Subject: math
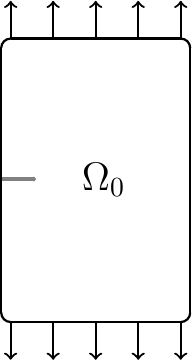
LaTeX code:
\begin{tikzpicture}[xscale=0.60,yscale=0.60]

\draw [fill=gray, gray] (-2,-0.00) rectangle (-1.3,0.05);

\draw[fill=gray, gray] (-1.3,-0.0) arc (-90:90:0.025)  -- cycle;

\draw [-,thick] (-2,2.8) to [out=90, in=180] (-1.8 ,3.0);

\draw [-,thick] (-2,-2.8) to [out=-90, in=180] (-1.8 ,-3.0);

\draw [-,thick] (1.8,3.0) to [out=0, in=90] (2.0 ,2.8);

\draw [-,thick] (1.8,-3.0) to [out=0, in=-90] (2.0 ,-2.8);

\draw [-,thick] (-2,2.8) -- (-2,-2.8);
\draw [-,thick] (-1.8,-3) -- (1.8,-3);
\draw [-,thick] (2,2.8) -- (2,-2.8);
\draw [-,thick] (1.8,3) -- (-1.8,3);
\node [right] at (-0.5,0.0) {{\Large $\Omega_0$}};

\draw[->,thick] (-1.8,3.0) -- (-1.8,3.80);

\draw[->,thick] (-0.9,3.0) -- (-0.9,3.80);

\draw[->,thick] (0.0,3.0) -- (0.0,3.80);

\draw[->,thick] (0.9,3.0) -- (0.9,3.80);

\draw[->,thick] (1.8,3.0) -- (1.8,3.80);

\draw[->,thick] (-1.8,-3.0) -- (-1.8,-3.80);

\draw[->,thick] (-0.9,-3.0) -- (-0.9,-3.80);

\draw[->,thick] (0.0,-3.0) -- (0.0,-3.80);

\draw[->,thick] (0.9,-3.0) -- (0.9,-3.80);

\draw[->,thick] (1.8,-3.0) -- (1.8,-3.80);

\end{tikzpicture}